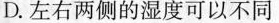
D.左右两侧的湿度可以不同